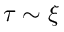
\tau \sim \xi